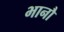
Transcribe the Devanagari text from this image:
भानौ